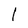
Character: I